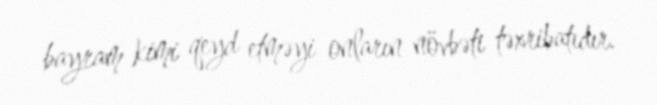
bayram kimi qeyd etməyi onların növbəti təxribatıdır.